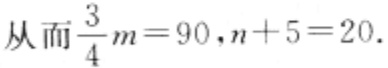
从而\(\frac{3}{4}m = 90,n + 5 = 20\).